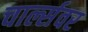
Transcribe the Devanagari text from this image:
चार्ल्सवर